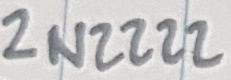
Text: 2N2222